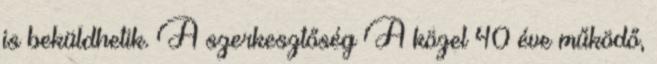
is beküldhetik. A szerkesztőség A közel 40 éve működő,